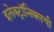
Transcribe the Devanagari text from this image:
इलेक्ट्रॉनिक्सची